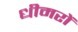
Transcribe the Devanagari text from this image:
धीमरों